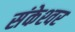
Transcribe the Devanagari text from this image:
संकेश्‍वर